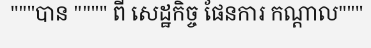
"""បាន """" ពី សេដ្ឋកិច្ច ផែនការ កណ្តាល"""